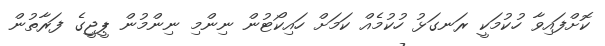
ކޮށްފައިވާ ހުކުމަކީ ރަނގަޅު ހުކުމެއް ކަމަށް ހައިކޯޓުން ނިންމި ނިންމުން ޕީޖީގެ ފަރާތުން